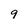
Character: 9